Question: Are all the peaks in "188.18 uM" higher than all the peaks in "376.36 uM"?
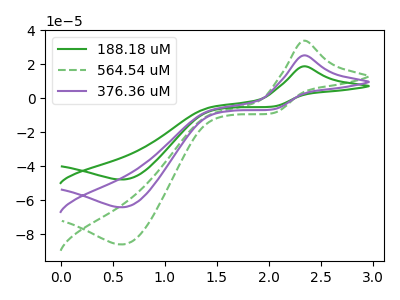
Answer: <think>The green curve "188.18 uM" has an anodic peak at (2.35V, 18.85uA) and a cathodic peak at (0.60V, -47.85uA). The green dashed curve "564.54 uM" has an anodic peak at (2.35V, 50.60uA) and a cathodic peak at (0.60V, -128.40uA). The purple curve "376.36 uM" has an anodic peak at (2.35V, 25.30uA) and a cathodic peak at (0.60V, -64.20uA).</think>
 <answer>Every peak in "188.18 uM" is lower than every peak in "376.36 uM".</answer>
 <eval>lower</eval>